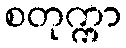
စတုက္ကာ